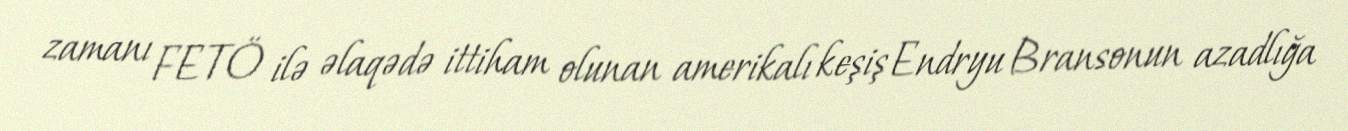
zamanı FETÖ ilə əlaqədə ittiham olunan amerikalı keşiş Endryu Bransonun azadlığa